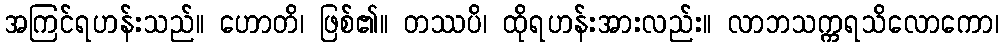
အကြင်ရဟန်းသည်။ ဟောတိ၊ ဖြစ်၏။ တဿပိ၊ ထိုရဟန်းအားလည်း။ လာဘသက္ကရသိလောကော၊